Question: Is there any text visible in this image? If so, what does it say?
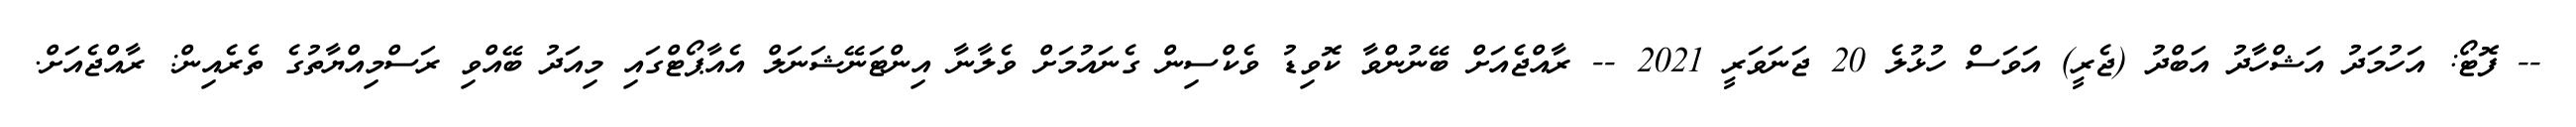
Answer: -- ފޮޓޯ: އަހުމަދު އަޝްހާދު އަބްދު (ޖެރީ) އަވަސް ހުޅުލެ 20 ޖަނަވަރީ 2021 -- ރާއްޖެއަށް ބޭނުންވާ ކޮވިޑު ވެކްސިން ގެނައުމަށް ވެލާނާ އިންޓަނޭޝަނަލް އެއާޕޯޓްގައި މިއަދު ބޭއްވި ރަސްމިއްޔާތުގެ ތެރެއިން: ރާއްޖެއަށް.